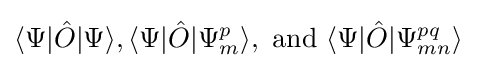
\langle \Psi |{\hat {O}}|\Psi \rangle ,\langle \Psi |{\hat {O}}|\Psi _{m}^{p}\rangle ,\ \mathrm {and} \ \langle \Psi |{\hat {O}}|\Psi _{mn}^{pq}\rangle